Lunatic asylums Central Provinces reports 1895-1909 - 1895-1909
Year: 1895
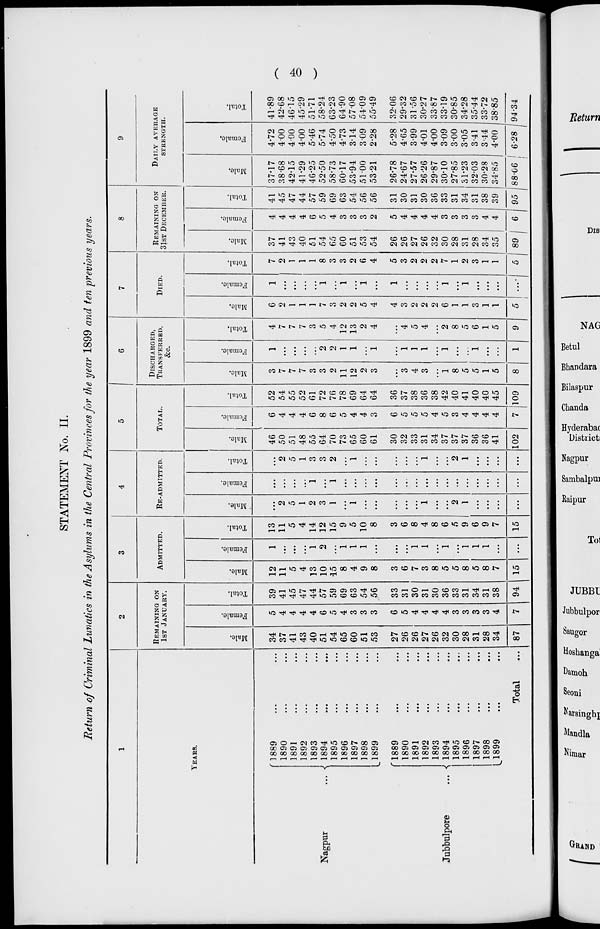
( 40 )
STATEMENT No. II.
Return of Criminal Lunatics in the Asylums in the Central Provinces for the year 1899 and ten previous years.
1
YEARS.
Nagpur
...
Jubbulpore
...
1889 ... ...
1890 ... ...
1891 ... ...
1892 ... ...
1893 ... ...
1894 ... ...
1895 ... ...
1896 ... ...
1897 ... ...
1898 ... ...
1899 ... ...
1889 ... ...
1890 ... ...
1891 ... ...
1892 ... ...
1893 ... ...
1894 ... ...
1895 ... ...
1896 ... ...
1897 ... ...
1898 ... ...
1899 ... ...
Total ...
2
REMAINING ON
1ST JANUARY.
Male.
34
37
41
43
40
51
54
65
60
51
53
27
26
26
27
26
32
30
28
31
28
34
87
Female.
5
4
4
4
4
6
5
4
3
3
3
6
5
4
4
4
4
3
3
3
3
4
7
Total.
39
41
45
47
44
57
59
69
63
54
56
33
31
30
31
30
36
33
31
34
31
38
94
3
ADMITTED.
Male.
12
11
5
4
13
10
15
8
4
9
8
3
6
7
3
8
5
5
8
5
8
7
15
Female.
1
...
...
...
1
2
...
1
1
1
...
...
...
1
1
...
1
...
1
1
1
...
...
Total.
13
11
5
4
14
12
15
9
5
10
8
3
6
8
4
8
6
5
9
6
9
7
15
4
RE-ADMITTED.
Male.
...
2
5
1
2
3
1
...
1
...
...
...
...
...
1
...
...
2
1
...
...
...
...
Female.
...
...
...
...
1
...
1
...
...
...
...
...
...
...
...
...
...
...
...
...
...
...
...
Total.
...
2
5
1
3
3
2
...
1
...
...
...
...
...
1
...
...
2
1
...
...
...
...
5
TOTAL.
Male.
46
50
51
48
55
64
70
73
65
60
61
30
32
33
31
34
37
37
37
36
36
41
102
Female.
6
4
4
4
6
8
6
5
4
4
3
6
5
5
5
4
5
3
4
4
4
4
7
Total.
52
54
55
52
61
72
76
78
69
64
64
36
37
38
36
38
42
40
41
40
40
45
109
6
DISCHARGED,
TRANSFERRED,
&c.
Male.
3
7
7
7
3
3
2
11
12
2
3
...
3
4
3
...
1
8
5
5
1
5
8
Female.
1
...
...
...
...
2
2
1
1
...
1
...
1
1
1
...
1
...
...
1
...
...
1
Total.
4
7
7
7
3
5
4
12
13
2
4
...
4
5
4
...
2
8
5
6
1
5
9
7
DIED.
Male.
6
2
1
1
1
7
3
2
2
5
4
4
3
2
2
2
6
1
1
3
1
1
5
Female.
1
...
...
...
...
1
...
1
...
1
...
1
...
...
...
...
1
...
1
...
...
...
...
Total.
7
2
1
1
1
8
3
3
2
6
4
5
3
2
2
2
7
1
2
3
1
1
5
8
REMAINING ON
31ST DECEMBER.
Male.
37
41
43
40
51
54
65
60
51
53
54
26
26
27
26
32
30
28
31
28
34
35
89
Female.
4
4
4
4
6
5
4
3
3
3
2
5
4
4
4
4
3
3
3
3
4
4
6
Total.
41
45
47
44
57
59
69
63
54
56
56
31
30
31
30
36
33
31
34
31
38
39
95
9
DAILY AVERAGE
STRENGTH.
Male.
37.17
38.68
42.15
41.29
46.25
52.50
58.73
60.17
53.94
51.00
53.21
26.78
24.67
27.57
26.26
29.87
30.10
27.85
31.23
32.03
30.28
34.85
88.06
Female.
4.72
4.00
4.00
4.00
5.46
5.74
4.50
4.73
3.14
3.09
2.28
5.28
4.65
3.99
4.01
4.00
3.09
3.00
3.05
3.41
3.44
4.00
6.28
Total.
41.89
42.68
46.15
45.29
51.71
58.24
63.23
64.90
57.08
54.09
55.49
32.06
29.32
31.56
30.27
33.87
33.19
30.85
34.28
35.44
33.72
38.85
94.34